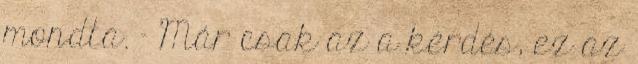
mondta. – Már csak az a kérdés, ez az